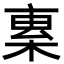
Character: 𣕏